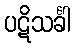
ပဋိသင်္ခါ